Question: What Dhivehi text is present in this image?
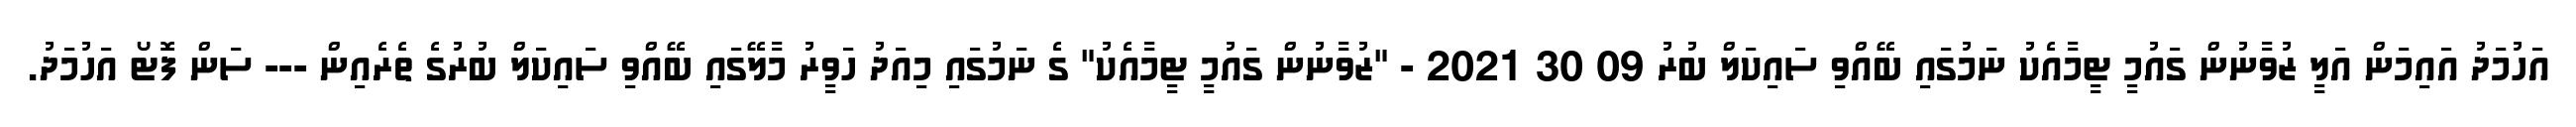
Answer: އަހުމަދު އައިމަން އަލީ ޒުވާނުން ގައުމީ ޓީމާއެކު ނަމުގައި ބޭއްވި ސައިކަލް ބުރު 09 30 2021 - "ޒުވާނުން ގައުމީ ޓީމާއެކު" ގެ ނަމުގައި މިއަދު ހަވީރު މާލޭގައި ބޭއްވި ސައިކަލް ބުރުގެ ތެރެއިން --- ސަން ފޮޓޯ އަހުމަދު.